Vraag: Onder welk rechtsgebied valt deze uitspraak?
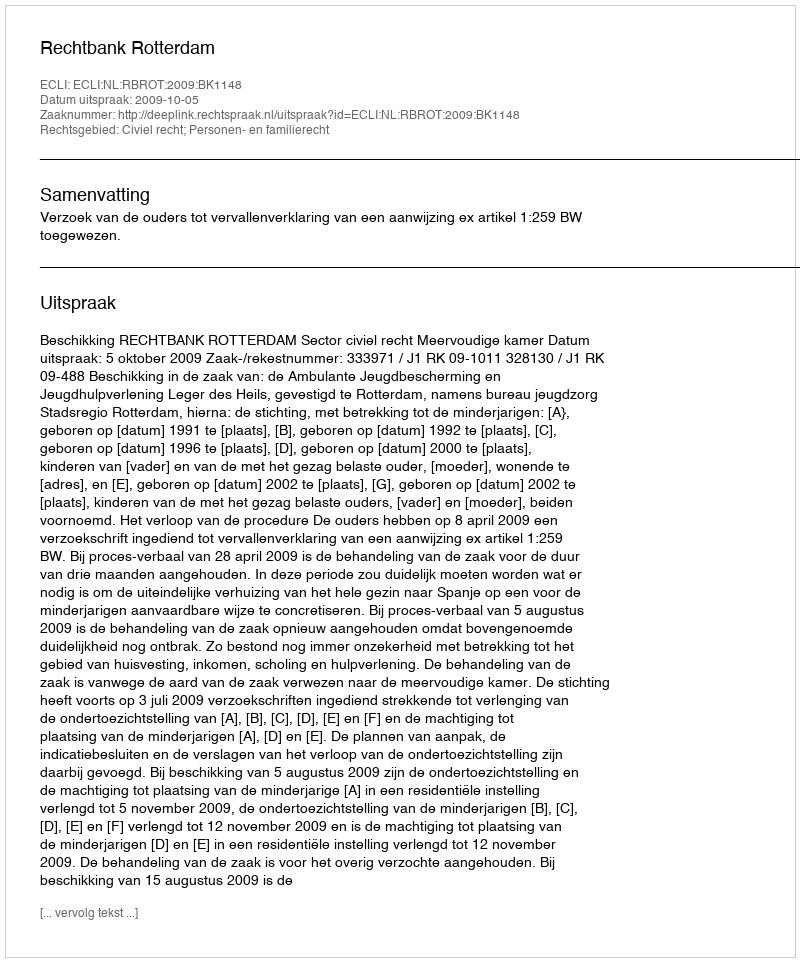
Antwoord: Civiel recht; Personen- en familierecht